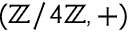
( \mathbb { Z } / 4 \mathbb { Z } , + )